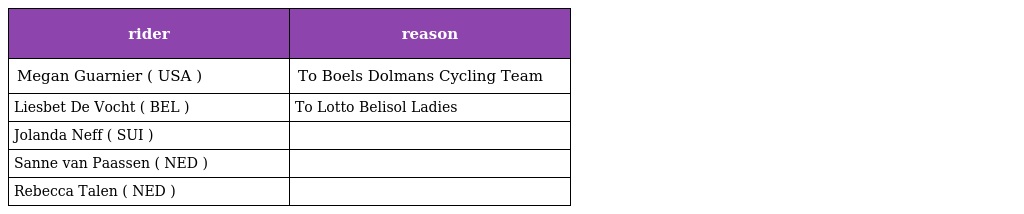
| rider | reason |
 | --- | --- |
 | Megan Guarnier ( USA ) | To Boels Dolmans Cycling Team |
 | Liesbet De Vocht ( BEL ) | To Lotto Belisol Ladies |
 | Jolanda Neff ( SUI ) |  |
 | Sanne van Paassen ( NED ) |  |
 | Rebecca Talen ( NED ) |  |